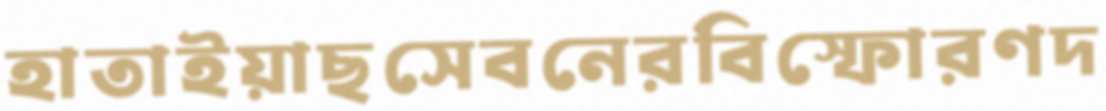
হাতাইয়াছসেবনেরবিস্ফোরণদ